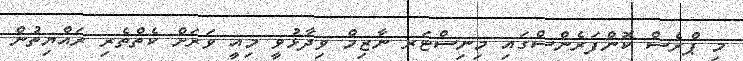
މި ޕްރެސް ކޮންފަރެންސްގައި މިނިސްޓަރ ނާޒިމް ވިދާޅުވީ މިއީ ވަރަށް ކެތްތެރި ރައްޔިތުން